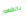
بالظهور